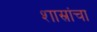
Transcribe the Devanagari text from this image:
शास्रांचा